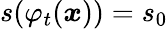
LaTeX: s(\varphi_{t}(\boldsymbol x))=s_{0}